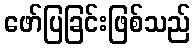
ဖော်ပြခြင်းဖြစ်သည်